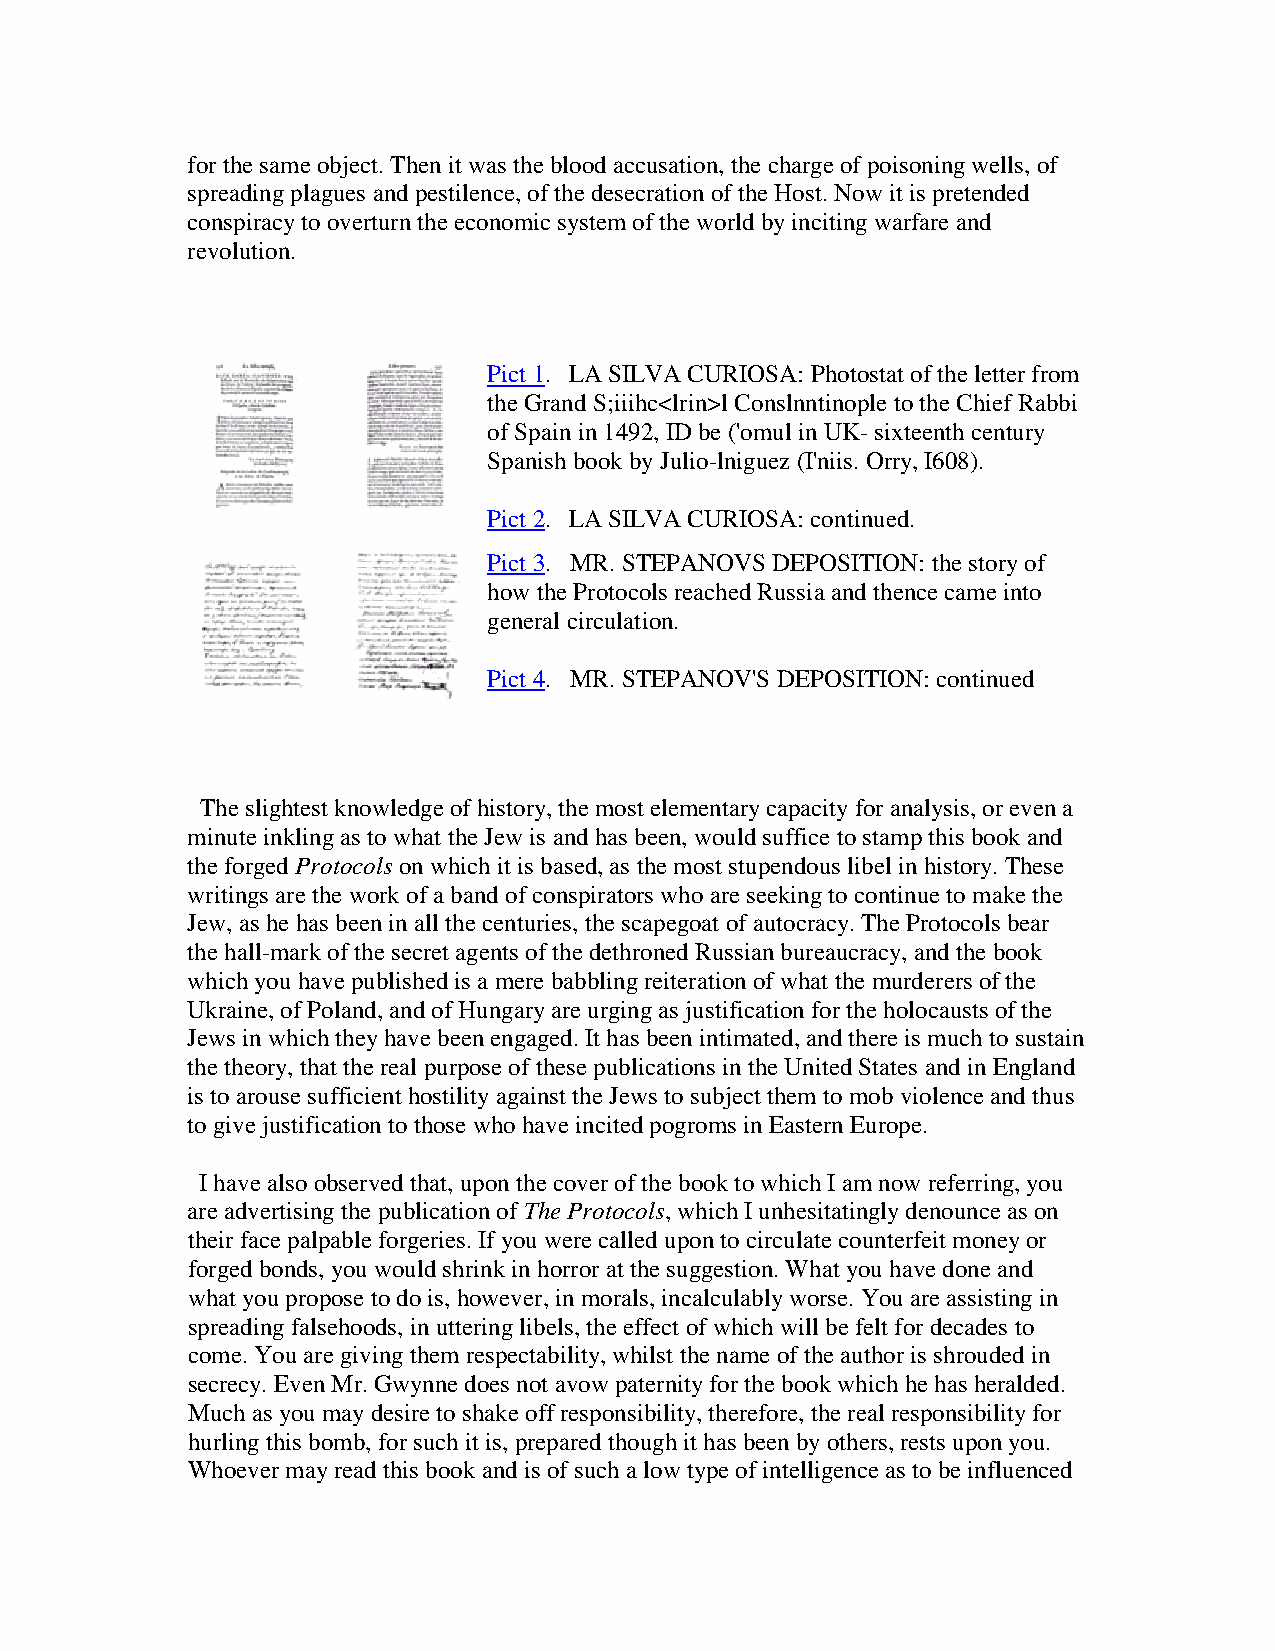
for the same object. Then it was the blood accusation, the charge of poisoning wells, of
 spreading plagues and pestilence, of the desecration of the Host. Now it is pretended
 conspiracy to overturn the economic system of the world by inciting warfare and
 revolution.
 Pict 1. LA SILVA CURIOSA: Photostat of the letter from
 the Grand S;iiihc<lrin>l Conslnntinople to the Chief Rabbi
 of Spain in 1492, ID be ('omul in UK- sixteenth century
 Spanish book by Julio-lniguez (I'niis. Orry, I608).
 Pict 2. LA SILVA CURIOSA: continued.
 Pict 3. MR. STEPANOVS DEPOSITION: the story of
 how the Protocols reached Russia and thence came into
 general circulation.
 Pict 4. MR. STEPANOV'S DEPOSITION: continued
 The slightest knowledge of history, the most elementary capacity for analysis, or even a
 minute inkling as to what the Jew is and has been, would suffice to stamp this book and
 the forged Protocols on which it is based, as the most stupendous libel in history. These
 writings are the work of a band of conspirators who are seeking to continue to make the
 Jew, as he has been in all the centuries, the scapegoat of autocracy. The Protocols bear
 the hall-mark of the secret agents of the dethroned Russian bureaucracy, and the book
 which you have published is a mere babbling reiteration of what the murderers of the
 Ukraine, of Poland, and of Hungary are urging as justification for the holocausts of the
 Jews in which they have been engaged. It has been intimated, and there is much to sustain
 the theory, that the real purpose of these publications in the United States and in England
 is to arouse sufficient hostility against the Jews to subject them to mob violence and thus
 to give justification to those who have incited pogroms in Eastern Europe.
 I have also observed that, upon the cover of the book to which I am now referring, you
 are advertising the publication of The Protocols, which I unhesitatingly denounce as on
 their face palpable forgeries. If you were called upon to circulate counterfeit money or
 forged bonds, you would shrink in horror at the suggestion. What you have done and
 what you propose to do is, however, in morals, incalculably worse. You are assisting in
 spreading falsehoods, in uttering libels, the effect of which will be felt for decades to
 come. You are giving them respectability, whilst the name of the author is shrouded in
 secrecy. Even Mr. Gwynne does not avow paternity for the book which he has heralded.
 Much as you may desire to shake off responsibility, therefore, the real responsibility for
 hurling this bomb, for such it is, prepared though it has been by others, rests upon you.
 Whoever may read this book and is of such a low type of intelligence as to be influenced